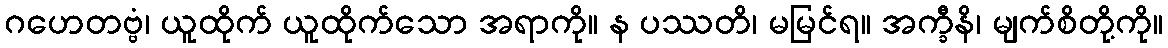
ဂဟေတဗ္ဗံ၊ ယူထိုက် ယူထိုက်သော အရာကို။ န ပဿတိ၊ မမြင်ရ။ အက္ခီနိ၊ မျက်စိတို့ကို။